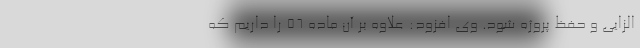
الزایی ‌و حفظ پروژه شود. وی افزود: علاوه بر آن ماده ۵۶ را داریم که